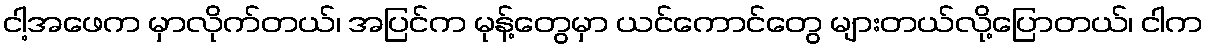
ငါ့အဖေက မှာလိုက်တယ်၊ အပြင်က မုန့်တွေမှာ ယင်ကောင်တွေ များတယ်လို့ပြောတယ်၊ ငါက